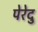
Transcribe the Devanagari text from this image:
पेरेदु